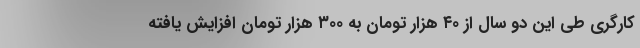
کارگری طی این دو سال از ۴۰ هزار تومان به ۳۰۰ هزار تومان افزایش یافته